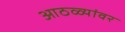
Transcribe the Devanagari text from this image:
आठळ्यांवर